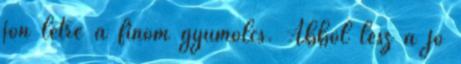
jön létre a finom gyümölcs. Abból lesz a jó